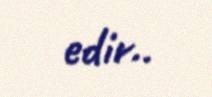
edir..